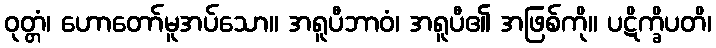
ဝုတ္တံ၊ ဟောတော်မူအပ်သော။ အရူပီဘာဝံ၊ အရူပီ၏ အဖြစ်ကို။ ပဋိက္ခိပတိ၊